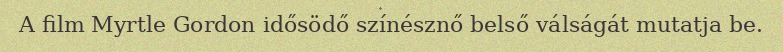
A film Myrtle Gordon idősödő színésznő belső válságát mutatja be.